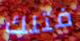
فتلك